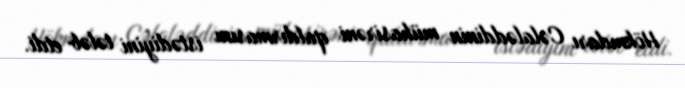
Hökmdarı Cəlaləddinin mühasirəni qaldırmasını istədiyini tələb etdi.